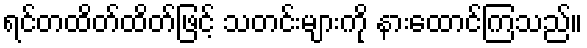
ရင်တထိတ်ထိတ်ဖြင့် သတင်းများကို နားထောင်ကြသည်။